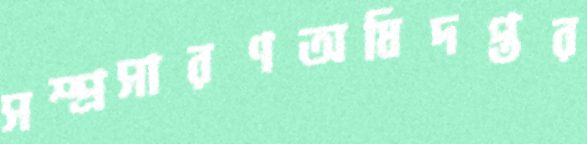
সম্প্রসারণঅধিদপ্তর